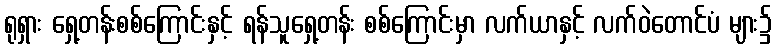
ရုရှား ရှေ့တန်းစစ်ကြောင်းနှင့် ရန်သူရှေ့တန်း စစ်ကြောင်းမှာ လက်ယာနှင့် လက်ဝဲတောင်ပံ များ၌